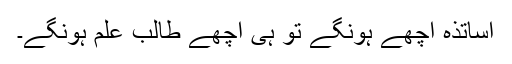
اساتذہ اچھے ہونگے تو ہی اچھے طالب علم ہونگے۔